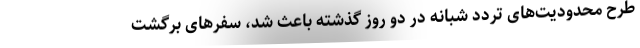
طرح محدودیت‌های تردد شبانه در دو روز گذشته باعث شد، سفر‌های برگشت